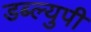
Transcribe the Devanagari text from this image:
डब्ल्युपी